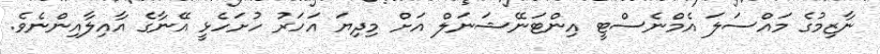
ނާޒިމުގެ މައްސަލަ އެމްނެސްޓީ އިންޓަނޭޝަނަލް އަށް މިދިޔަ އަހަރު ހުށަހެޅީ އޭނާގެ އާއިލާއިންނެވެ.